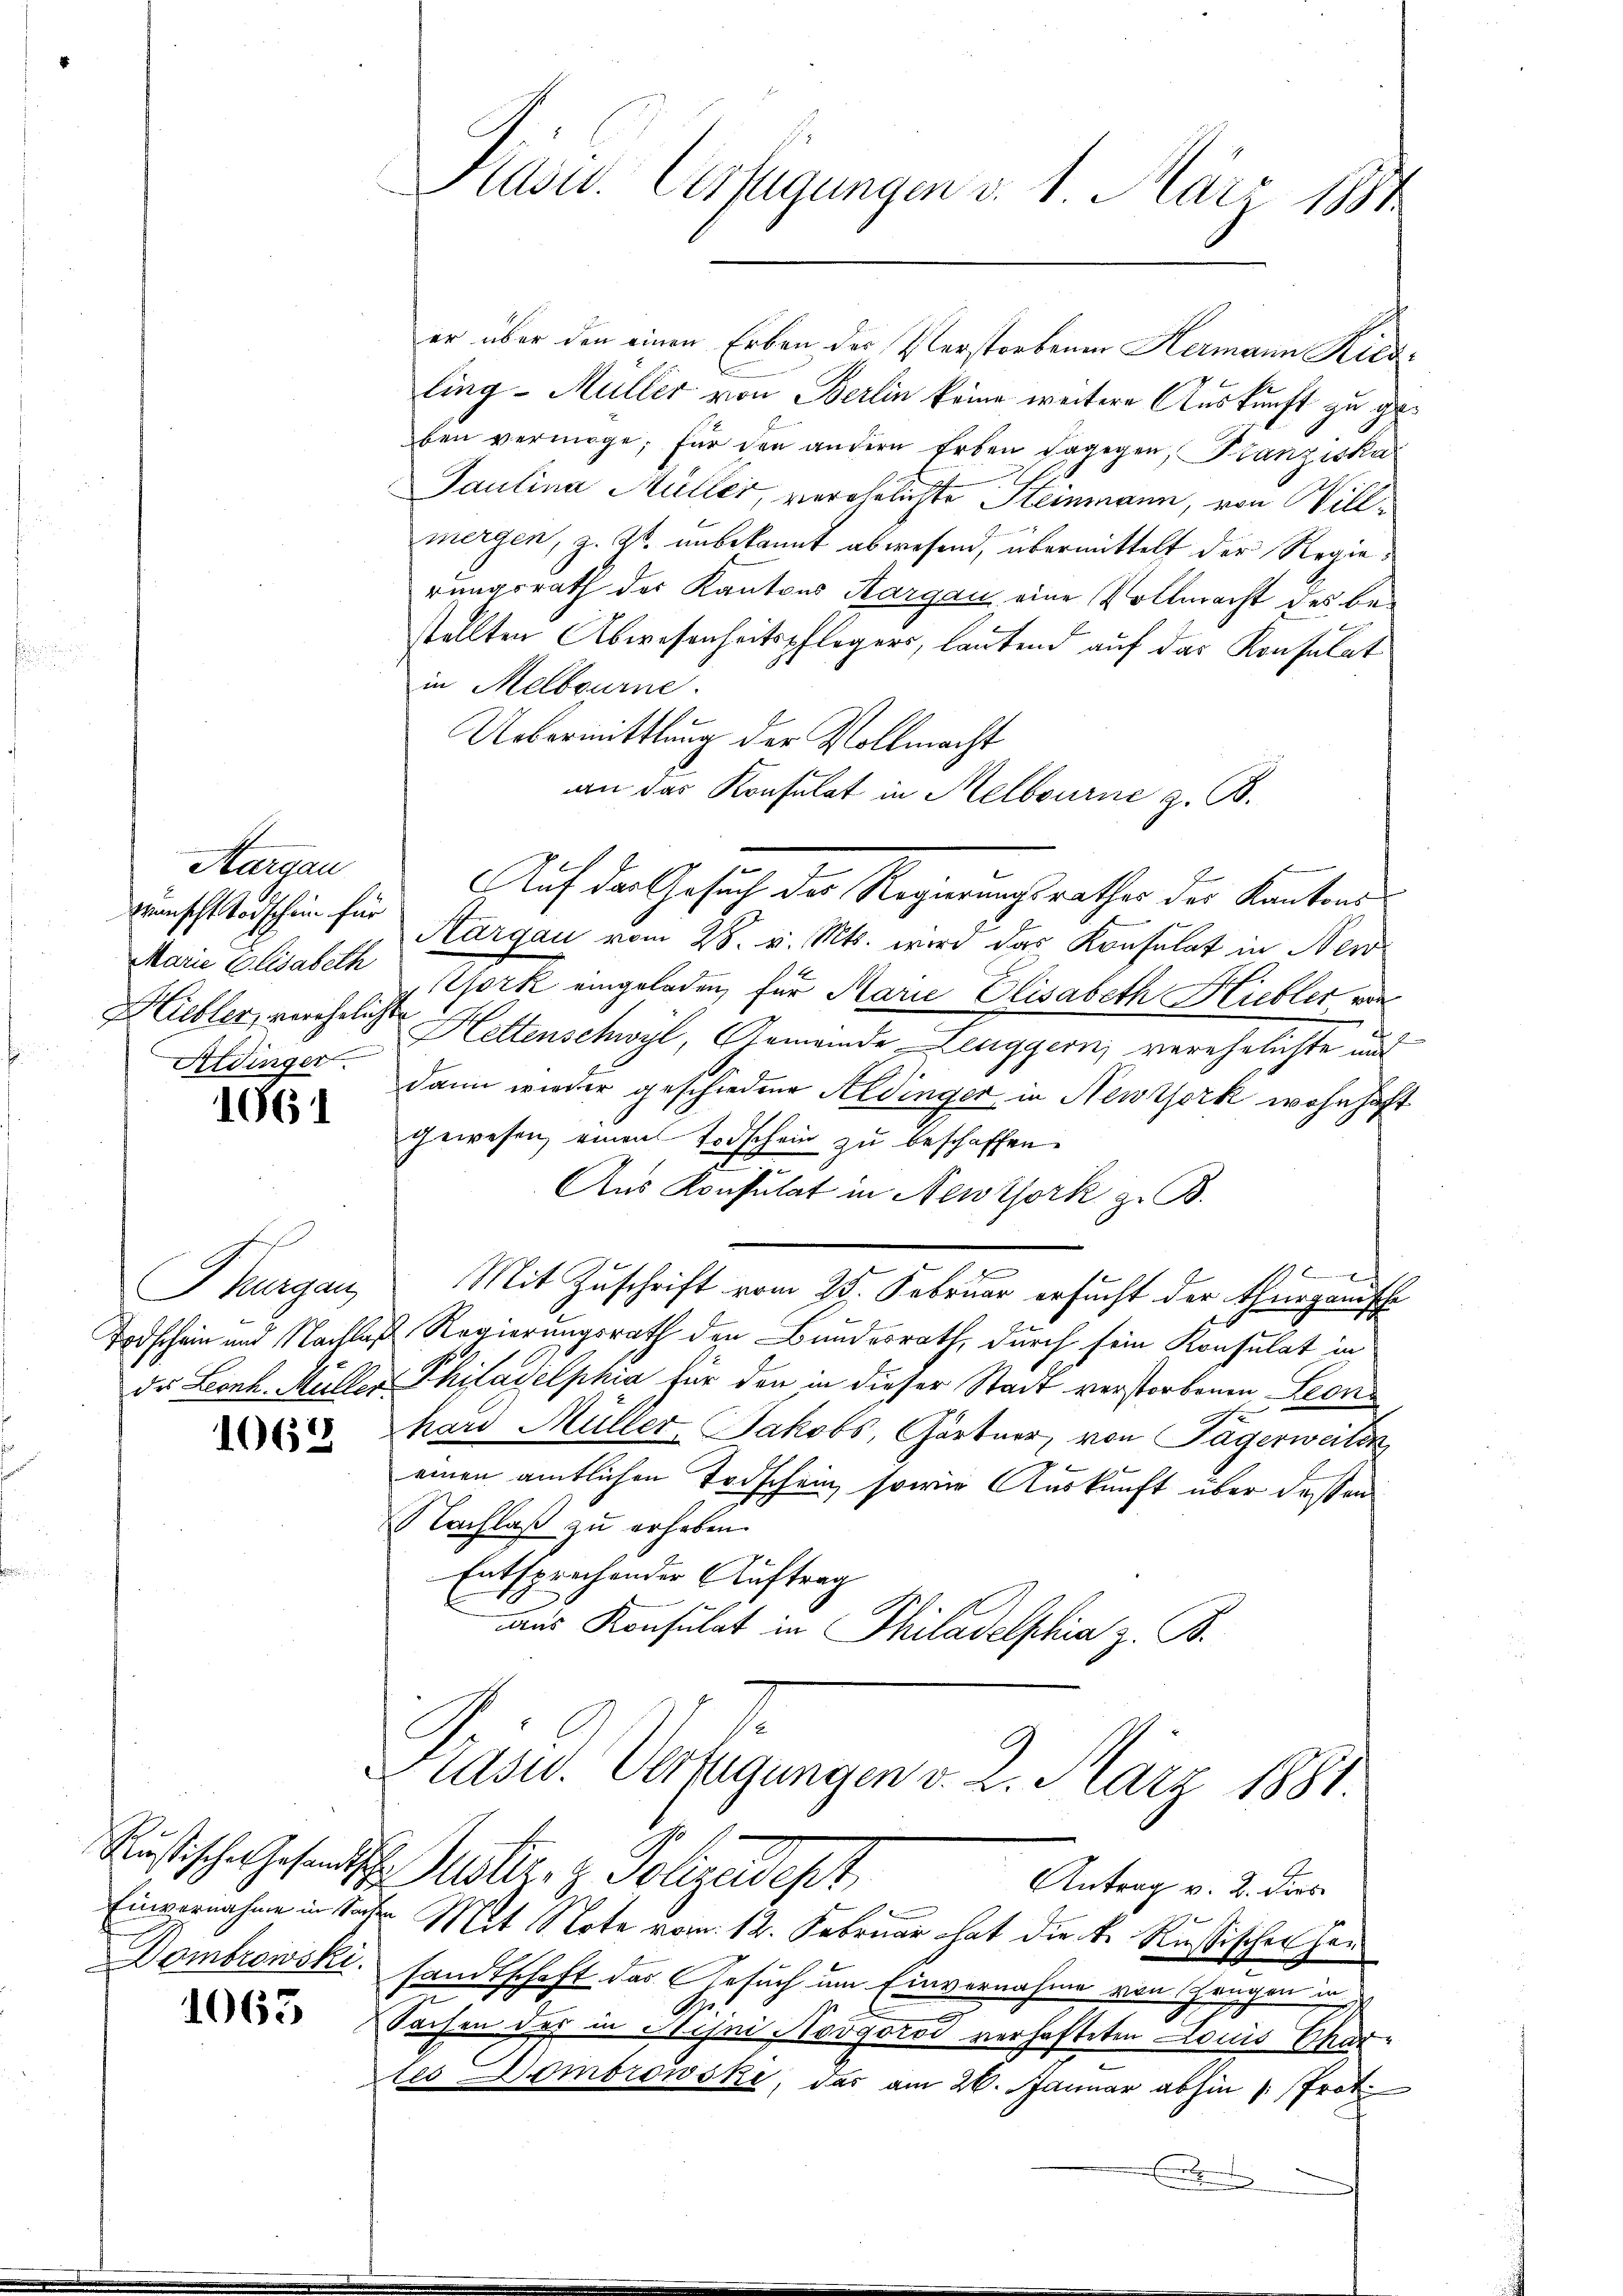
Aargau
Wünscht Todschein für
Marie Elisabeth
Hiebler, verehelichte
Aidinger.

1661

Thurgau,
Todschein und Nachten

1062

2
Russisches Gesandt
Einvernahme in Son¬
Dombrowski.

1063

Rasw. Verfügungen v. 1. März 1881

er über den einen Erben der Verstorbenen Hermann Riedling-Müller von Berlin keine weitere Auskunft zu geben vermöge; für den andern Erben dagegen, Panziska
Paulina Müller, verehelichte Steinmann, von Willmergen, z. Zt. unbekannt abwesend, übermittelt der Regierungsrath der Kantons Aargau eine Vollmacht des bestellten Abwesenheitspflegers, lautend auf das Konsulat
in Melbourne.
Uebermittlung der Vollmacht
an das Konsulat in Melbourne z. B.
.
Auf der Gesuch der Regierungsrathes des Kantons
Kargau vom 28. v. Mts. wird das Konsulat in New
York eingeladen, für Marie Elisabeth Hiebler von
Hettenschwyl, Gemeinde Leuggern verehelichte und
dann wieder geschiedene Aldinger in Newtork wohnhaft
gewesen einen Todschein zu beschaffen.
Aus Konsulat in Newtjork z. B.
f

Mit Zuschrift vom 25. Februar ersucht der Thurganische
 Regierungsrath den Bundesrath, durch sein Konsulat in
da Leonh. Müller Philadelphia für der in dieser Stadt verstorbenen Seon
hard Müller-Jakobs, Gärtner, von Tägerweiten
einen amtlichen Todschein, sowie Auskunft über deßen
Nachlaß zu erhaben.
Entsprochender Auftrag
aus Konsulat in Philadelphia z. B.
Pasw. Verfügungen v. 2. März 1881.
. Mutter, z. Polizeidept
Antrag v. 2. dies
 Mit Note vom 12. Februar hat die k. Russischen Gesandtschaft das Gesuch um Einvernahme von Fragen in
Sachen der in Hisni Nodgotod verhafteten Louis Chartes Dombrowski, das am 26. Januar abhin 1. Prot.
.